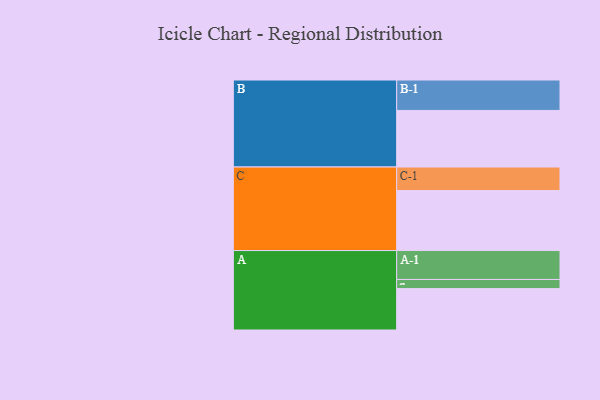
{"axis": {"x": "Segment", "y": "Value"}, "legend": ["", "A", "B", "C"], "data": [{"x": "A", "y": 389, "type": ""}, {"x": "B", "y": 532, "type": ""}, {"x": "C", "y": 564, "type": ""}, {"x": "A-1", "y": 272, "type": "A"}, {"x": "A-2", "y": 86, "type": "A"}, {"x": "B-1", "y": 286, "type": "B"}, {"x": "C-1", "y": 221, "type": "C"}]}